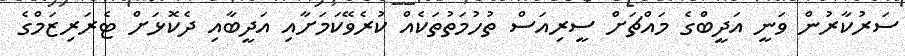
ސަރުކާރުން ވަނީ އަދީބްގެ މައްޗަށް ސީރިއަސް ތުހުމަތުތަކެއް ކުރެވޭކަމަށާއި އަދީބާއި ދެކޮޅަށް ޓެރަރިޒަމްގެ